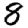
Digit: 8